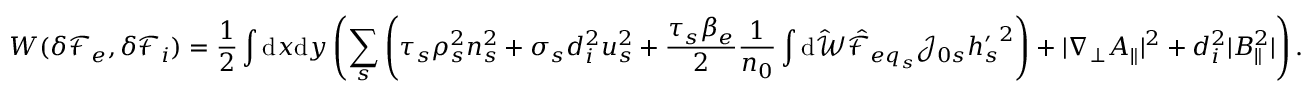
W ( \delta { \mathcal F } _ { e } , \delta { \mathcal F } _ { i } ) = \frac { 1 } { 2 } \int \mathrm { d } x \mathrm { d } y \left( \sum _ { s } \left( \tau _ { s } \rho _ { s } ^ { 2 } n _ { s } ^ { 2 } + \sigma _ { s } d _ { i } ^ { 2 } u _ { s } ^ { 2 } + \frac { \tau _ { s } \beta _ { e } } { 2 } \frac { 1 } { n _ { 0 } } \int \mathrm { d } \hat { \mathcal { W } } \hat { \mathcal { F } } _ { { e q } _ { s } } \mathcal { J } _ { 0 s } { h _ { s } ^ { \prime } } ^ { 2 } \right) + | \nabla _ { \perp } A _ { \parallel } | ^ { 2 } + d _ { i } ^ { 2 } | B _ { \parallel } ^ { 2 } | \right) .